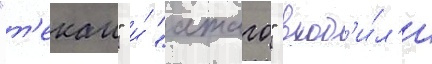
"т'екаи" и́ "атаго" вход'и́л'и